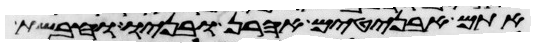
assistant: אתם אבניטים אהרן ובניו וחבשת